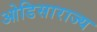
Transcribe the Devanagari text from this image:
ओडिसाराज्य